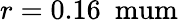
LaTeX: r=0.16~\mathrm{\ mum}